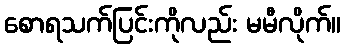
စောရသက်ပြင်းကိုလည်း မမီလိုက်။